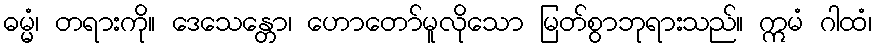
ဓမ္မံ၊ တရားကို။ ဒေသေန္တော၊ ဟောတော်မူလိုသော မြတ်စွာဘုရားသည်။ ဣမံ ဂါထံ၊